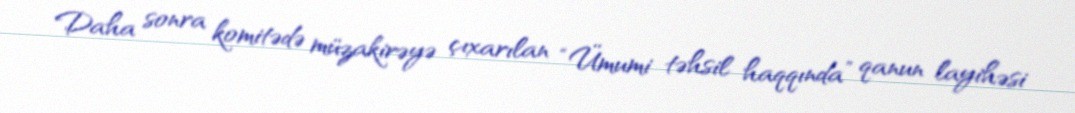
Daha sonra komitədə müzakirəyə çıxarılan “Ümumi təhsil haqqında” qanun layihəsi